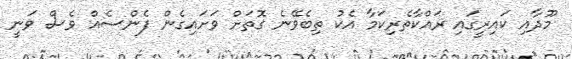
މޫދާއި ކައިރީގައި ރައްކާތެރިކަމާ އެކު ތިބެވޭނެ ގޮތަށް ވަށައިގެން ފެންސެއް ވެސް ވަނީ